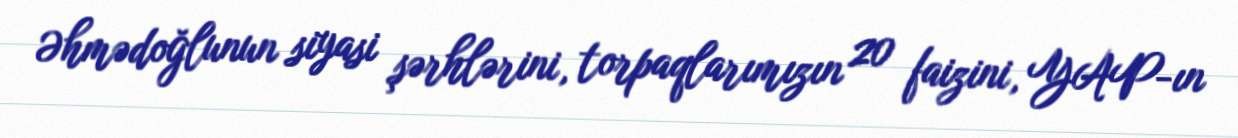
Əhmədoğlunun siyasi şərhlərini, torpaqlarımızın 20 faizini, YAP-ın